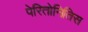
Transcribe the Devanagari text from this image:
पेरितोनितिस